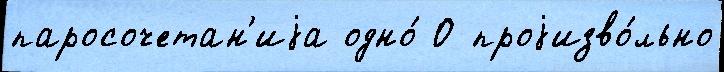
паросочетан'иjа одно́ О проjизво́льно